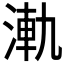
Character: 𣷾